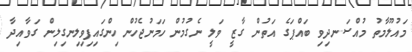
މައުލޫމާތު މުއްސަނދިވި ބައްޕަގެ އަތުން ގާޒީ ވަލީ ނެގުމުން ހަމަނުޖެހުން ހިންގައިފިވިލިނގިލިން ގަވާއިދާ